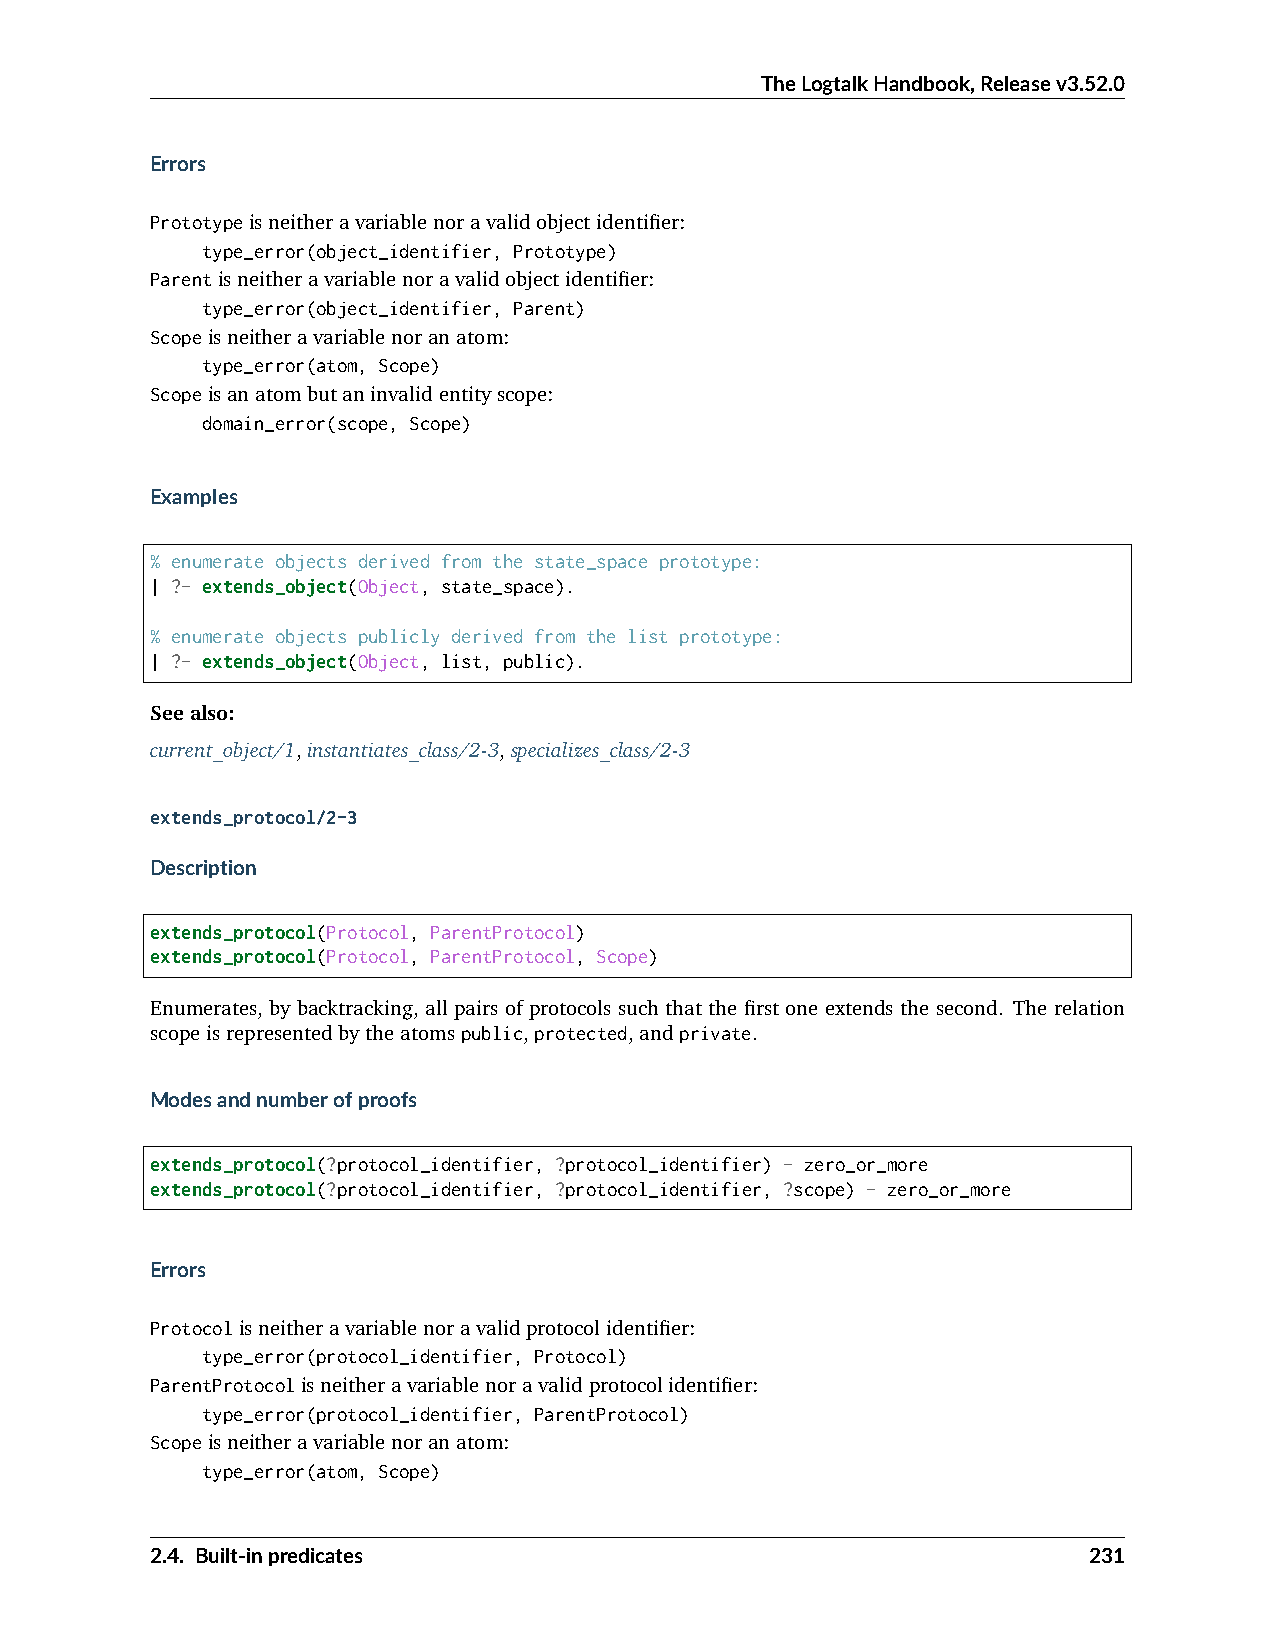
TheLogtalkHandbook,Releasev3.52.0
 Errors
 Prototypeisneitheravariablenoravalidobjectidentifier:
 type_error(object_identifier, Prototype)
 Parentisneitheravariablenoravalidobjectidentifier:
 type_error(object_identifier, Parent)
 Scopeisneitheravariablenoranatom:
 type_error(atom, Scope)
 Scopeisanatombutaninvalidentityscope:
 domain_error(scope, Scope)
 Examples
 % enumerate objects derived from the state_space prototype:
 | ?- extends_object(Object, state_space).
 % enumerate objects publicly derived from the list prototype:
 | ?- extends_object(Object, list, public).
 Seealso:
 current_object/1,instantiates_class/2-3,specializes_class/2-3
 extends_protocol/2-3
 Description
 extends_protocol(Protocol, ParentProtocol)
 extends_protocol(Protocol, ParentProtocol, Scope)
 Enumerates, by backtracking, all pairs of protocols such that the first one extends the second. The relation
 scopeisrepresentedbytheatomspublic,protected,andprivate.
 Modesandnumberofproofs
 extends_protocol(?protocol_identifier, ?protocol_identifier) - zero_or_more
 extends_protocol(?protocol_identifier, ?protocol_identifier, ?scope) - zero_or_more
 Errors
 Protocolisneitheravariablenoravalidprotocolidentifier:
 type_error(protocol_identifier, Protocol)
 ParentProtocolisneitheravariablenoravalidprotocolidentifier:
 type_error(protocol_identifier, ParentProtocol)
 Scopeisneitheravariablenoranatom:
 type_error(atom, Scope)
 2.4. Built-inpredicates                                       231